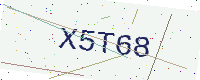
Text: X5T68